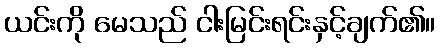
ယင်းကို မေသည် ငါးမြင်းရင်းနှင့်ချက်၏။